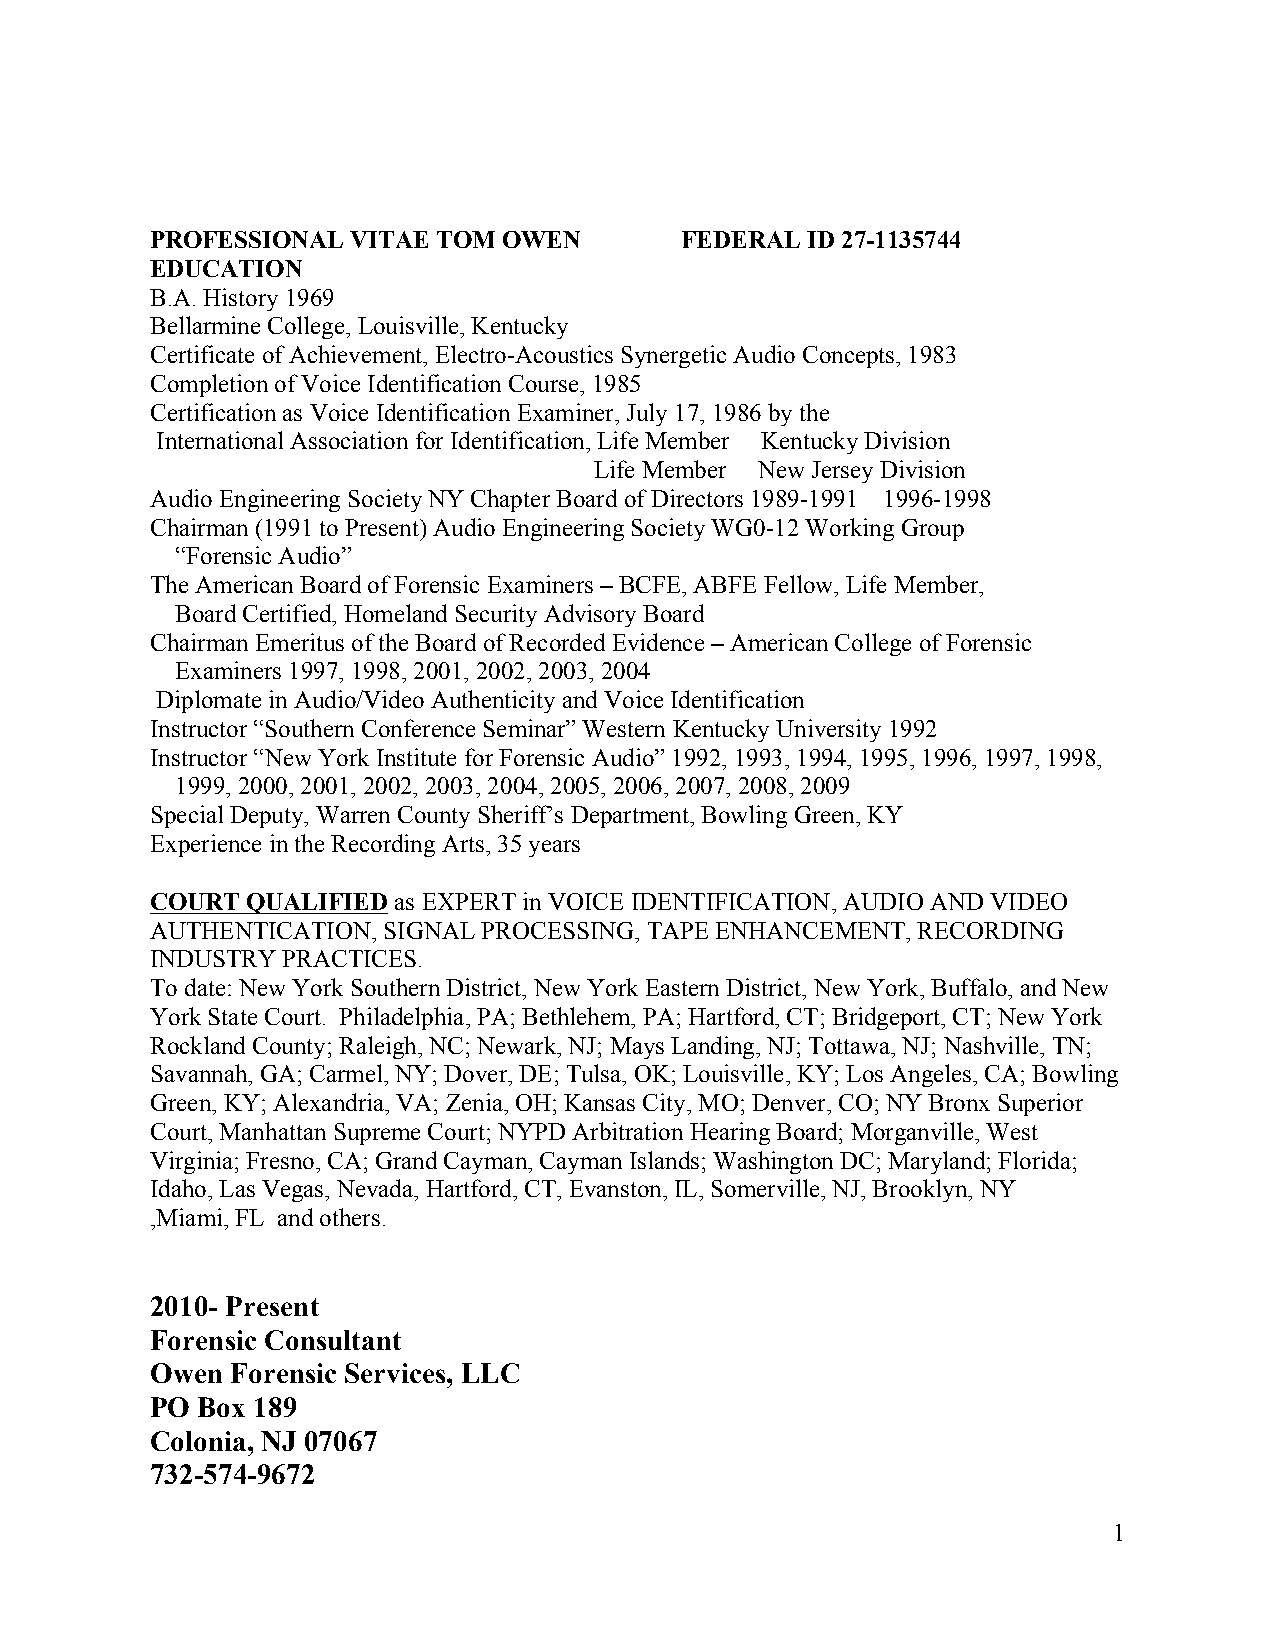
PROFESSIONAL VITAE TOM OWEN        FEDERAL ID 27-1135744
 EDUCATION
 B.A. History 1969
 Bellarmine College, Louisville, Kentucky
 Certificate of Achievement, Electro-Acoustics Synergetic Audio Concepts, 1983
 Completion of Voice Identification Course, 1985
 Certification as Voice Identification Examiner, July 17, 1986 by the
 International Association for Identification, Life Member Kentucky Division
 Life Member New Jersey Division
 Audio Engineering Society NY Chapter Board of Directors 1989-1991 1996-1998
 Chairman (1991 to Present) Audio Engineering Society WG0-12 Working Group
 “Forensic Audio”
 The American Board of Forensic Examiners – BCFE, ABFE Fellow, Life Member,
 Board Certified, Homeland Security Advisory Board
 Chairman Emeritus of the Board of Recorded Evidence – American College of Forensic
 Examiners 1997, 1998, 2001, 2002, 2003, 2004
 Diplomate in Audio/Video Authenticity and Voice Identification
 Instructor “Southern Conference Seminar” Western Kentucky University 1992
 Instructor “New York Institute for Forensic Audio” 1992, 1993, 1994, 1995, 1996, 1997, 1998,
 1999, 2000, 2001, 2002, 2003, 2004, 2005, 2006, 2007, 2008, 2009
 Special Deputy, Warren County Sheriff’s Department, Bowling Green, KY
 Experience in the Recording Arts, 35 years
 COURT QUALIFIED as EXPERT in VOICE IDENTIFICATION, AUDIO AND VIDEO
 AUTHENTICATION, SIGNAL PROCESSING, TAPE ENHANCEMENT, RECORDING
 INDUSTRY PRACTICES.
 To date: New York Southern District, New York Eastern District, New York, Buffalo, and New
 York State Court. Philadelphia, PA; Bethlehem, PA; Hartford, CT; Bridgeport, CT; New York
 Rockland County; Raleigh, NC; Newark, NJ; Mays Landing, NJ; Tottawa, NJ; Nashville, TN;
 Savannah, GA; Carmel, NY; Dover, DE; Tulsa, OK; Louisville, KY; Los Angeles, CA; Bowling
 Green, KY; Alexandria, VA; Zenia, OH; Kansas City, MO; Denver, CO; NY Bronx Superior
 Court, Manhattan Supreme Court; NYPD Arbitration Hearing Board; Morganville, West
 Virginia; Fresno, CA; Grand Cayman, Cayman Islands; Washington DC; Maryland; Florida;
 Idaho, Las Vegas, Nevada, Hartford, CT, Evanston, IL, Somerville, NJ, Brooklyn, NY
 ,Miami, FL and others.
 2010- Present
 Forensic Consultant
 Owen Forensic Services, LLC
 PO Box 189
 Colonia, NJ 07067
 732-574-9672
 1